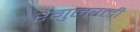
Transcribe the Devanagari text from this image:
रेगुलरली